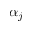
\alpha _ { j }